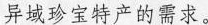
异域珍宝特产的需求。